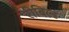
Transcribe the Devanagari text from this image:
रीबिल्ड